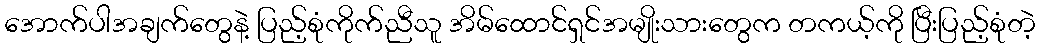
အောက်ပါအချက်တွေနဲ့ ပြည့်စုံကိုက်ညီသူ အိမ်ထောင်ရှင်အမျိုးသားတွေက တကယ့်ကို ပြီးပြည့်စုံတဲ့